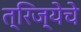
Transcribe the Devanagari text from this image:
त्रिज्येचे